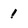
Character: 1